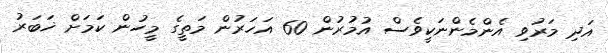
އަދި މަރުވި އެންމެންނަކީވެސް އުމުރުން 60 އަހަރުން މަތީގެ މީހުން ކަމަށް ޚަބަރު